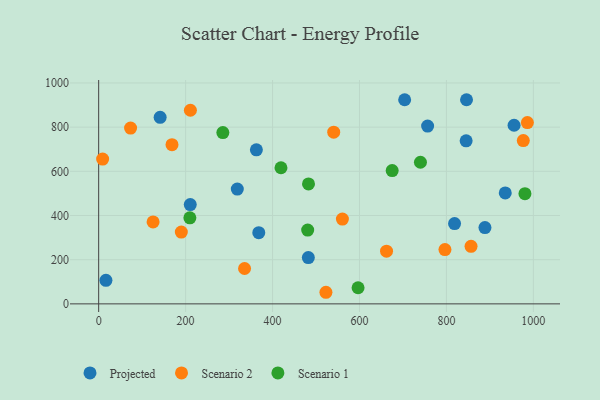
{"axis": {"x": "Investment", "y": "Salary"}, "legend": ["Projected", "Scenario 1", "Scenario 2"], "data": [{"x": "756.7", "y": 804.8, "type": "Projected"}, {"x": "935.3", "y": 502.3, "type": "Projected"}, {"x": "141.4", "y": 844.6, "type": "Projected"}, {"x": "210.7", "y": 449.3, "type": "Projected"}, {"x": "368.3", "y": 322.4, "type": "Projected"}, {"x": "888.6", "y": 345.3, "type": "Projected"}, {"x": "482.3", "y": 209.5, "type": "Projected"}, {"x": "362.8", "y": 697.5, "type": "Projected"}, {"x": "318.9", "y": 519.8, "type": "Projected"}, {"x": "703.9", "y": 924.1, "type": "Projected"}, {"x": "16.7", "y": 106.8, "type": "Projected"}, {"x": "818.7", "y": 363.7, "type": "Projected"}, {"x": "955.6", "y": 808.6, "type": "Projected"}, {"x": "845.3", "y": 738.0, "type": "Projected"}, {"x": "846.2", "y": 924.1, "type": "Projected"}, {"x": "796.6", "y": 245.9, "type": "Scenario 2"}, {"x": "540.7", "y": 777.2, "type": "Scenario 2"}, {"x": "976.8", "y": 739.0, "type": "Scenario 2"}, {"x": "9.1", "y": 655.3, "type": "Scenario 2"}, {"x": "335.6", "y": 160.1, "type": "Scenario 2"}, {"x": "211.0", "y": 876.4, "type": "Scenario 2"}, {"x": "856.6", "y": 260.6, "type": "Scenario 2"}, {"x": "73.4", "y": 795.7, "type": "Scenario 2"}, {"x": "168.7", "y": 720.6, "type": "Scenario 2"}, {"x": "125.2", "y": 370.9, "type": "Scenario 2"}, {"x": "560.7", "y": 383.8, "type": "Scenario 2"}, {"x": "522.8", "y": 52.5, "type": "Scenario 2"}, {"x": "190.1", "y": 325.1, "type": "Scenario 2"}, {"x": "662.2", "y": 238.4, "type": "Scenario 2"}, {"x": "986.2", "y": 820.7, "type": "Scenario 2"}, {"x": "675.2", "y": 603.6, "type": "Scenario 1"}, {"x": "480.8", "y": 334.2, "type": "Scenario 1"}, {"x": "209.8", "y": 389.7, "type": "Scenario 1"}, {"x": "596.7", "y": 73.0, "type": "Scenario 1"}, {"x": "419.4", "y": 616.2, "type": "Scenario 1"}, {"x": "740.2", "y": 641.1, "type": "Scenario 1"}, {"x": "285.7", "y": 775.6, "type": "Scenario 1"}, {"x": "482.7", "y": 542.8, "type": "Scenario 1"}, {"x": "980.6", "y": 498.8, "type": "Scenario 1"}]}